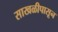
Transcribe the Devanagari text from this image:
साखळीपासून